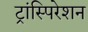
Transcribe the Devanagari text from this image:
ट्रांस्पिरेशन